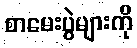
စာမေးပွဲများကို